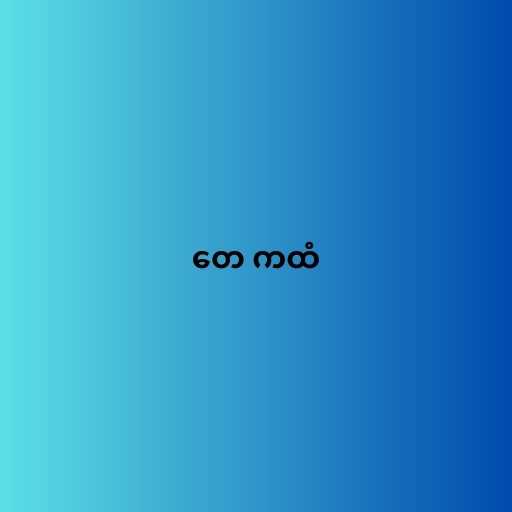
တေ ကထံ